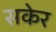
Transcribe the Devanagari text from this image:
सकेर